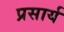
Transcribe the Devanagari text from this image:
प्रसार्य